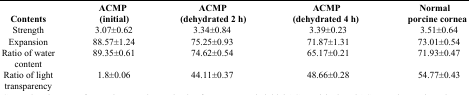
<table><thead><tr><td><b>Contents</b></td><td><b>ACMP (Initial)</b></td><td><b>ACMP (Dehydrated 2 h)</b></td><td><b>ACMP (Dehydrated 4 h)</b></td><td><b>Normal porcine cornea</b></td></tr></thead><tbody><tr><td>Strength</td><td>3.07±0.62</td><td>3.34±0.84</td><td>3.39±0.23</td><td>3.51±0.64</td></tr><tr><td>Expansion</td><td>88.57±1.24</td><td>75.25±0.93</td><td>71.87±1.31</td><td>73.01±0.54</td></tr><tr><td>Ratio of water content</td><td>89.35±0.61</td><td>74.62±0.54</td><td>65.17±0.21</td><td>71.93±0.47</td></tr><tr><td>Ratio of light transparency</td><td>1.8±0.06</td><td>44.11±0.37</td><td>48.66±0.28</td><td>54.77±0.43</td></tr></tbody></table>